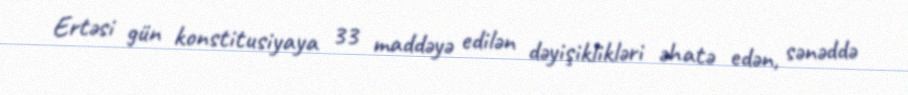
Ertəsi gün konstitusiyaya 33 maddəyə edilən dəyişiklikləri əhatə edən, sənəddə